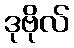
ဒုဗိုလ်